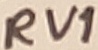
Text: RV1